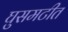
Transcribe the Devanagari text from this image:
घुसमटीत